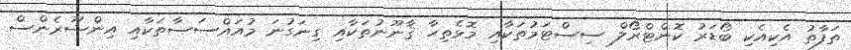
ތަފާތު އެކިއެކި ބޯޑަރު ކޮންޓްރޯލް ސިސްޓަމުތަކާއި މޮޅެތިހާ ޤާނޫނުތަކާއި ގިނަގުނަ މުއައްސަސާތަކާއި އިންޝޫރެންސް